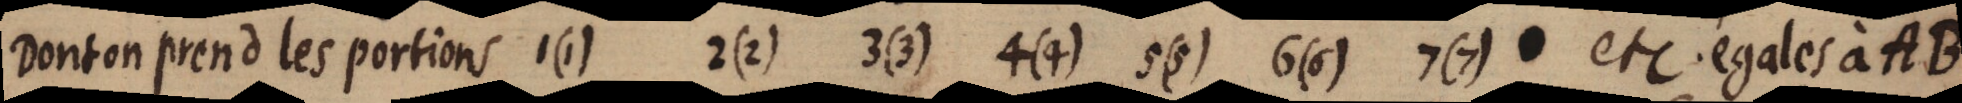
Dont on prend les portions 1(1) 2(2) 3(3) 4(4) 5(5) 6(6) 7(7) etc. égales à AB